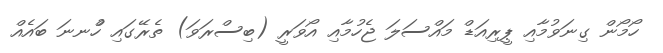
ހޯމޯން ގިނަވުމާއި ޕީރިއަޑް މައްސަލަ ޖެހުމާއި އޯވަރީ (ބިސްރަވަ) ތެރޭގައި ހުްނނަ ބައެއް